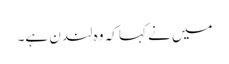
میں نے کہا کہ وہ لندن ہے۔